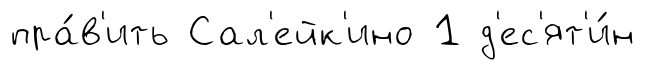
пра́в'ить Сал'ейк'ино 1 д'ес'ят'и́н